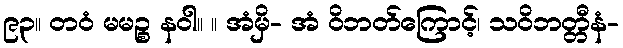
၉၃။ တဝံ မမဉ္စ နဝါ။ ။ အံမှိ- အံ ဝိဘတ်ကြောင့်၊ သဝိဘတ္တီနံ-